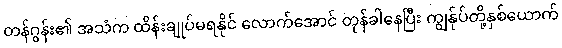
တန်ဂွန်း၏ အသံက ထိန်းချုပ်မရနိုင် လောက်အောင် တုန်ခါနေပြီး ကျွန်ုပ်တို့နှစ်ယောက်